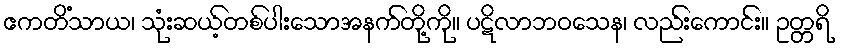
ဧကတိံသာယ၊ သုံးဆယ့်တစ်ပါးသောအနက်တို့ကို။ ပဋိလာဘဝသေန၊ လည်းကောင်း။ ဥတ္တရိ